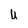
Character: u